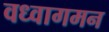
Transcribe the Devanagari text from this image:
वध्वागमन